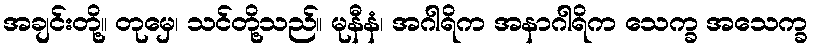
အချင်းတို့။ တုမှေ၊ သင်တို့သည်။ မုနီနံ၊ အဂါရိက အနာဂါရိက သေက္ခ အသေက္ခ